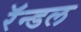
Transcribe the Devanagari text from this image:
रॅन्डल